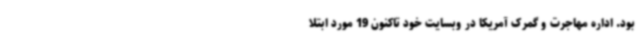
بود. اداره مهاجرت و گمرک آمریکا در وبسایت خود تاکنون 19 مورد ابتلا